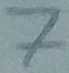
Text: 7